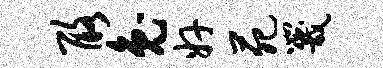
酪兔奸苑咒